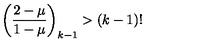
\left( \frac { 2 - \mu } { 1 - \mu } \right) _ { k - 1 } > ( k - 1 ) !